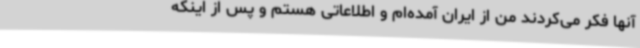
آنها فکر می‌کردند من از ایران آمده‌ام و اطلاعاتی هستم و پس از اینکه